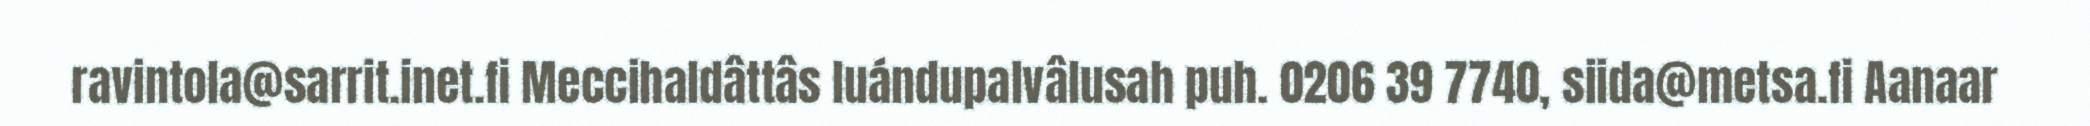
ravintola@sarrit.inet.fi Meccihaldâttâs luándupalvâlusah puh. 0206 39 7740, siida@metsa.fi Aanaar